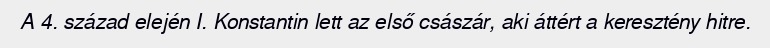
A 4. század elején I. Konstantin lett az első császár, aki áttért a keresztény hitre.